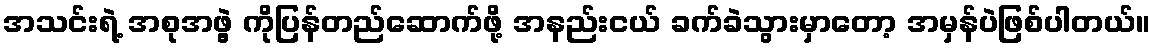
အသင်းရဲ့ အစုအဖွဲ့ ကိုပြန်တည်ဆောက်ဖို့ အနည်းငယ် ခက်ခဲသွားမှာတော့ အမှန်ပဲဖြစ်ပါတယ်။